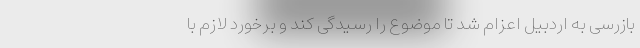
بازرسی به اردبیل اعزام شد تا موضوع را رسیدگی کند و برخورد لازم با